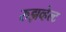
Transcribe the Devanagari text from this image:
रुझव्हेल्ट